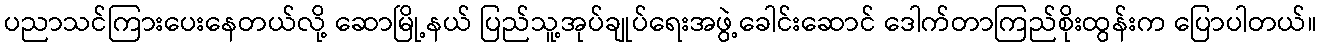
ပညာသင်ကြားပေးနေတယ်လို့ ဆောမြို့နယ် ပြည်သူ့အုပ်ချုပ်ရေးအဖွဲ့ခေါင်းဆောင် ဒေါက်တာကြည်စိုးထွန်းက ပြောပါတယ်။